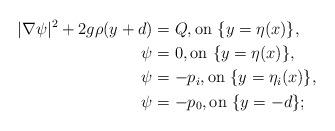
LaTeX: \begin{align*}|\nabla \psi|^2 + 2g \rho (y+d) &= Q, \textrm{on } \{y = \eta(x)\}, \\\psi & = 0, \textrm{on } \{y = \eta(x)\}, \\\psi & = -p_i, \textrm{on } \{y = \eta_i(x)\}, \\\psi &= -p_0, \textrm{on } \{y = -d\}; \end{align*}